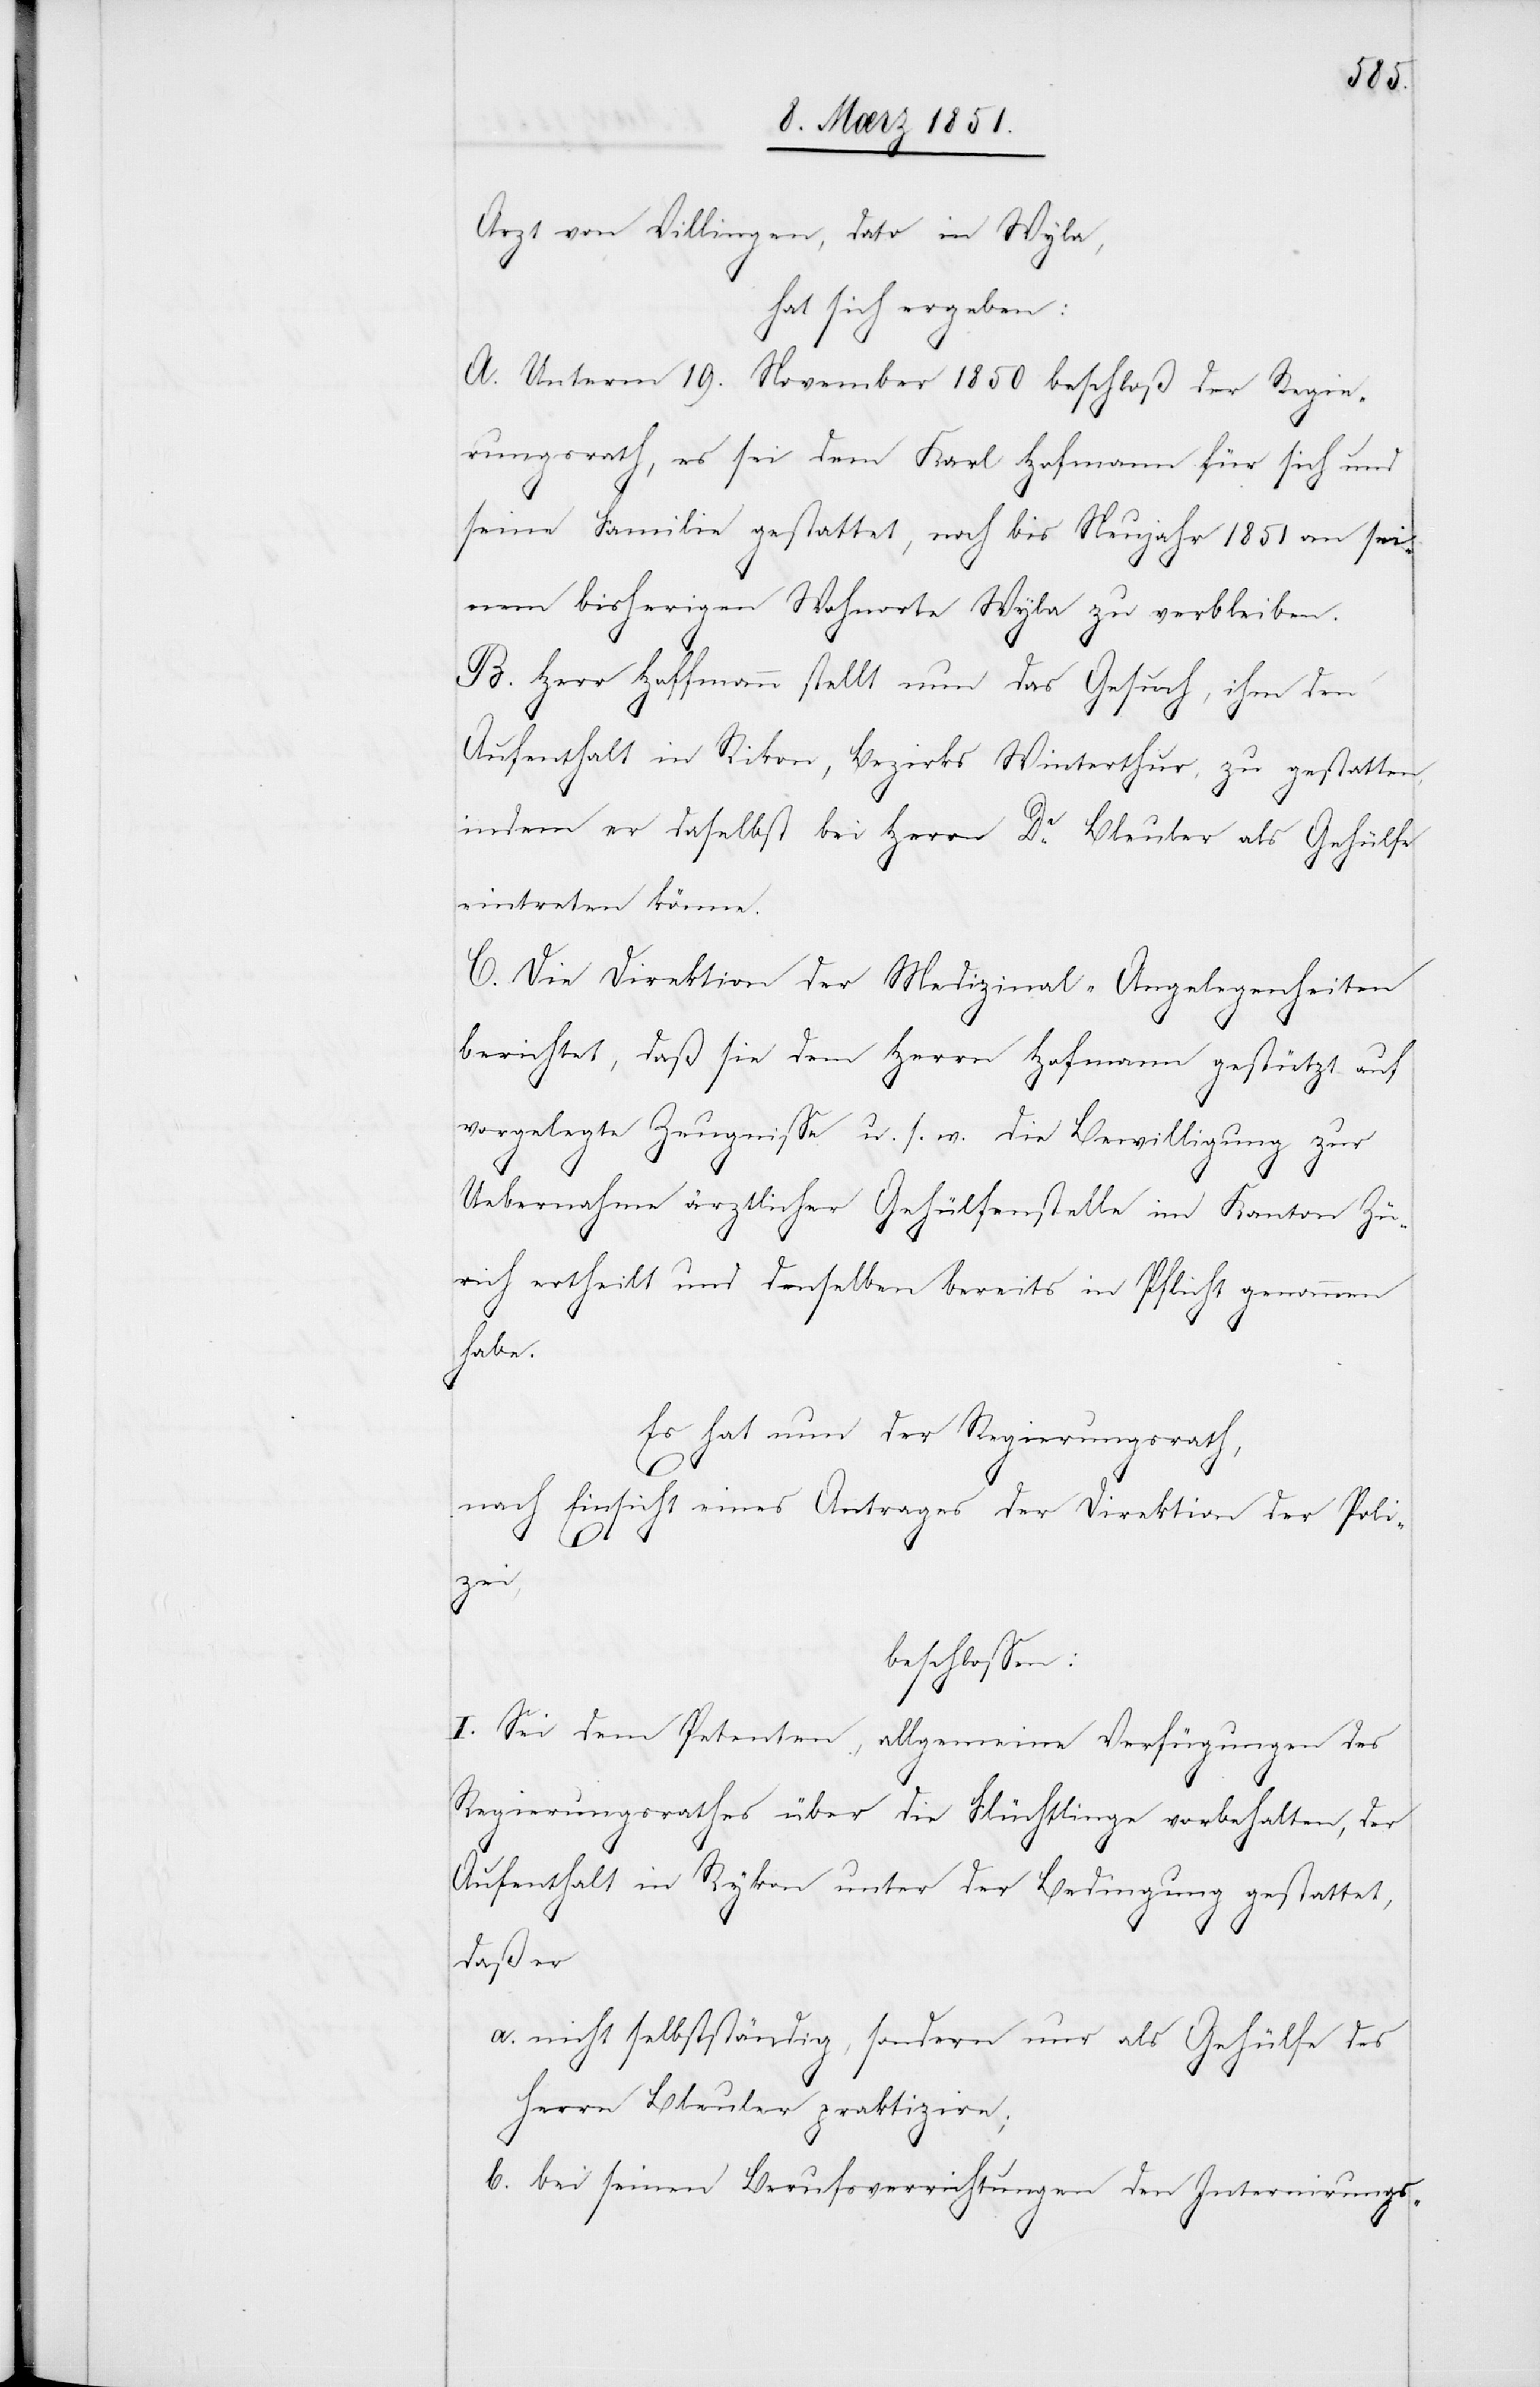
Arzt von Villingen, dato in Wyla,
hat sich ergeben:
A. Unterm 19. November 1850 beschloß der Regie¬
rungsrath, es sei dem Karl Hofmann für sich und
seine Familie gestattet, noch bis Neujahr 1851 an sei¬
nem bisherigen Wohnorte Wyla zu verbleiben.
B. Herr Hoffmann [sic!] stellt nun das Gesuch, ihm den
Aufenthalt in Rikon, Bezirks Winterthur, zu gestatten,
indem er daselbst bei Herrn Dr. Bleuler als Gehülfe
eintreten könne.
C. Die Direktion der Medizinal-Angelegenheiten
berichtet, daß sie dem Herrn Hofmann gestützt auf
vorgelegte Zeugnisse u. s. w. die Bewilligung zur
Uebernahme ärztlicher Gehülfenstelle im Kanton Zü¬
rich ertheilt und denselben bereits in Pflicht genommen
habe.
Es hat nun der Regierungsrath,
nach Einsicht eines Antrages der Direktion der Poli¬
zei,
beschlossen:
I. Sei dem Petenten, allgemeine Verfügungen des
Regierungsrathes über die Flüchtlinge vorbehalten, der
Aufenthalt in Rykon unter der Bedingung gestattet,
daß er
nicht selbstständig, sondern nur als Gehülfe des
Herrn Bleuler praktizire;
bei seinen Berufsverrichtungen den Internirungs-